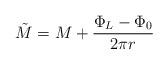
LaTeX: \begin{align*}\tilde{M}=M+\frac{\Phi _{L}-\Phi _{0}}{2\pi r}\end{align*}